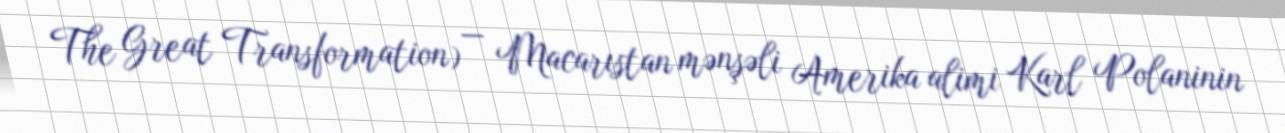
The Great Transformation) — Macarıstan mənşəli Amerika alimi Karl Polaninin